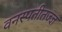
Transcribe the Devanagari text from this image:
वनस्पतीतज्ज्ञ